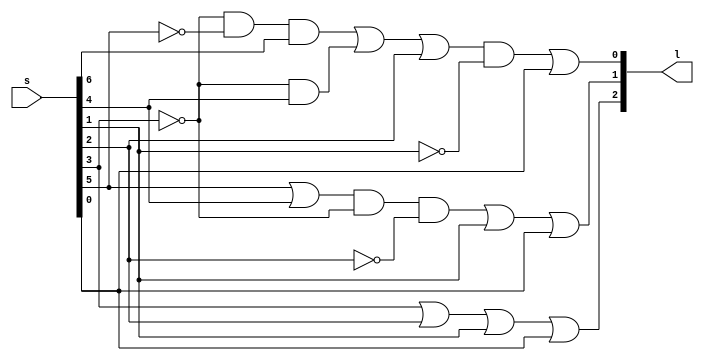
module PEncoder (
  input wire[7:0] s,
  output wire[2:0] l
);
  
  not(s1bar,s[1]);
  not(s2bar,s[2]);
  not(s3bar,s[3]);
  not(s5bar,s[5]);
  or(l[2],s[3],s[2],s[1],s[0]);

  or(s45,s[5],s[4]);
  and(m1,s45,s3bar,s2bar);
  or(l[1],m1,s[1],s[0]);

  and(m2,s3bar,s5bar,s[6]);
  and(m3,s3bar,s[4]);
  or(m4,m2,m3,s[2]);
  and(m5,m4,s1bar);
  or(l[0],m5,s[0]);
endmodule